system: You are a helpful assistant.
user:
Analyze the provided spectrum to determine if it is a **"Cataclysmic Variables (CV)"**.

- **Key Indicators for CV (Check for either state):**
    - **State 1: Quiescent / Low-State (Emission-Dominated)**
        - **(Primary):** Strong and *very broad* Hydrogen Balmer emission lines (e.g., $H\alpha$ at 6563 Å, $H\beta$ at 4861 Å). The 'broadness' (high velocity dispersion, often FWHM > 1000 km/s) is the key diagnostic, indicating a high-velocity accretion disk.
        - **(Secondary):** Broad neutral Helium (He I) emission lines (e.g., 5876 Å, 6678 Å).
        - **(Key Confirmation):** Presence of high-excitation *ionized* Helium (He II) emission at 4686 Å. This is a strong indicator of accretion onto a white dwarf.
        - **(Line Profile):** Emission lines may exhibit a 'double-peaked' profile, which is a classic signature of a rotating accretion disk viewed at high inclination.

    - **State 2: Outburst / High-State (Absorption-Dominated)**
        - **(Primary):** Spectrum is dominated by a bright, blue continuum (looks like a hot star).
        - **(Secondary):** The emission lines from State 1 are weak, absent, or 'filled in', and are replaced by broad, shallow *absorption* lines (primarily Balmer and He I).
        - **(Morphology):** The overall spectrum mimics a hot B/A-type star. The crucial difference is that the absorption lines are significantly broader, shallower, and more 'washed-out' (or 'smeared') than the sharp lines of a normal stellar photosphere, due to high rotational speeds and pressure broadening in the disk.

Think first, call **spectral_visualization_tool** if needed to examine features in detail, then provide your final answer. Your response must adhere to the following strict rules:
1.  **Overall Structure:** Your response must follow the format `<think>...</think> <tool_call>...</tool_call> (if a tool is used) <answer>...</answer>`.
2.  **Tool Usage Constraint:** You may only make **one** tool call per turn.
3.  **Final Answer Format:** In the `<answer>` tag, your conclusion must be inside a `\boxed{}` command (e.g., `\boxed{YES}`), followed by your justification.

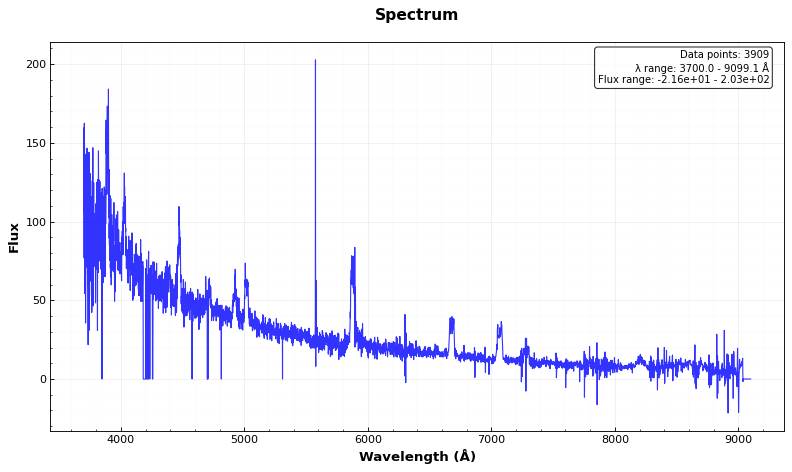
Answer: YES